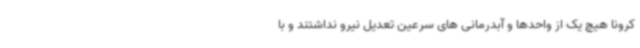
کرونا هیچ یک از واحدها و آبدرمانی های سرعین تعدیل نیرو نداشتند و با